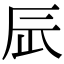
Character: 𨑃